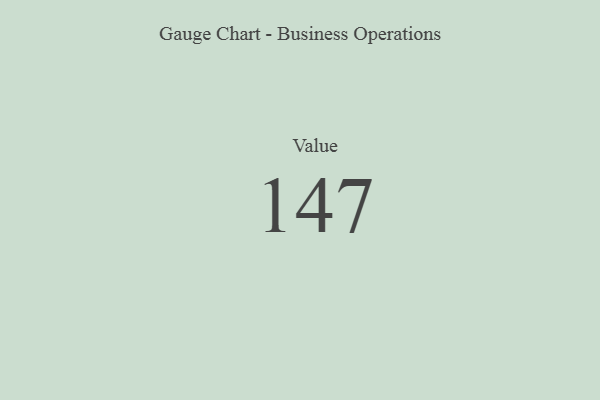
{"axis": {"x": "Metric", "y": "Value"}, "legend": [""], "data": [{"x": "Value", "y": 147, "type": ""}]}